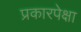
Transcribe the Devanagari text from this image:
प्रकारपेक्षा